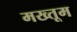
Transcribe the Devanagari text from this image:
मख्तूम